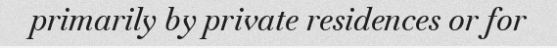
primarily by private residences or for